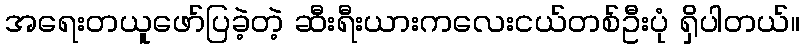
အရေးတယူဖော်ပြခဲ့တဲ့ ဆီးရီးယားကလေးငယ်တစ်ဦးပုံ ရှိပါတယ်။